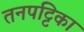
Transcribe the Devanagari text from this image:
तनपट्टिका